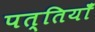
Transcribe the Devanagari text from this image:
पत्तियॉँ